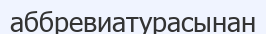
аббревиатурасынан